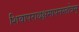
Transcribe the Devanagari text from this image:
शिवापराधक्षमापनस्तोत्रम्